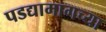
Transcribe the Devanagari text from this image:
पडद्यामागच्या